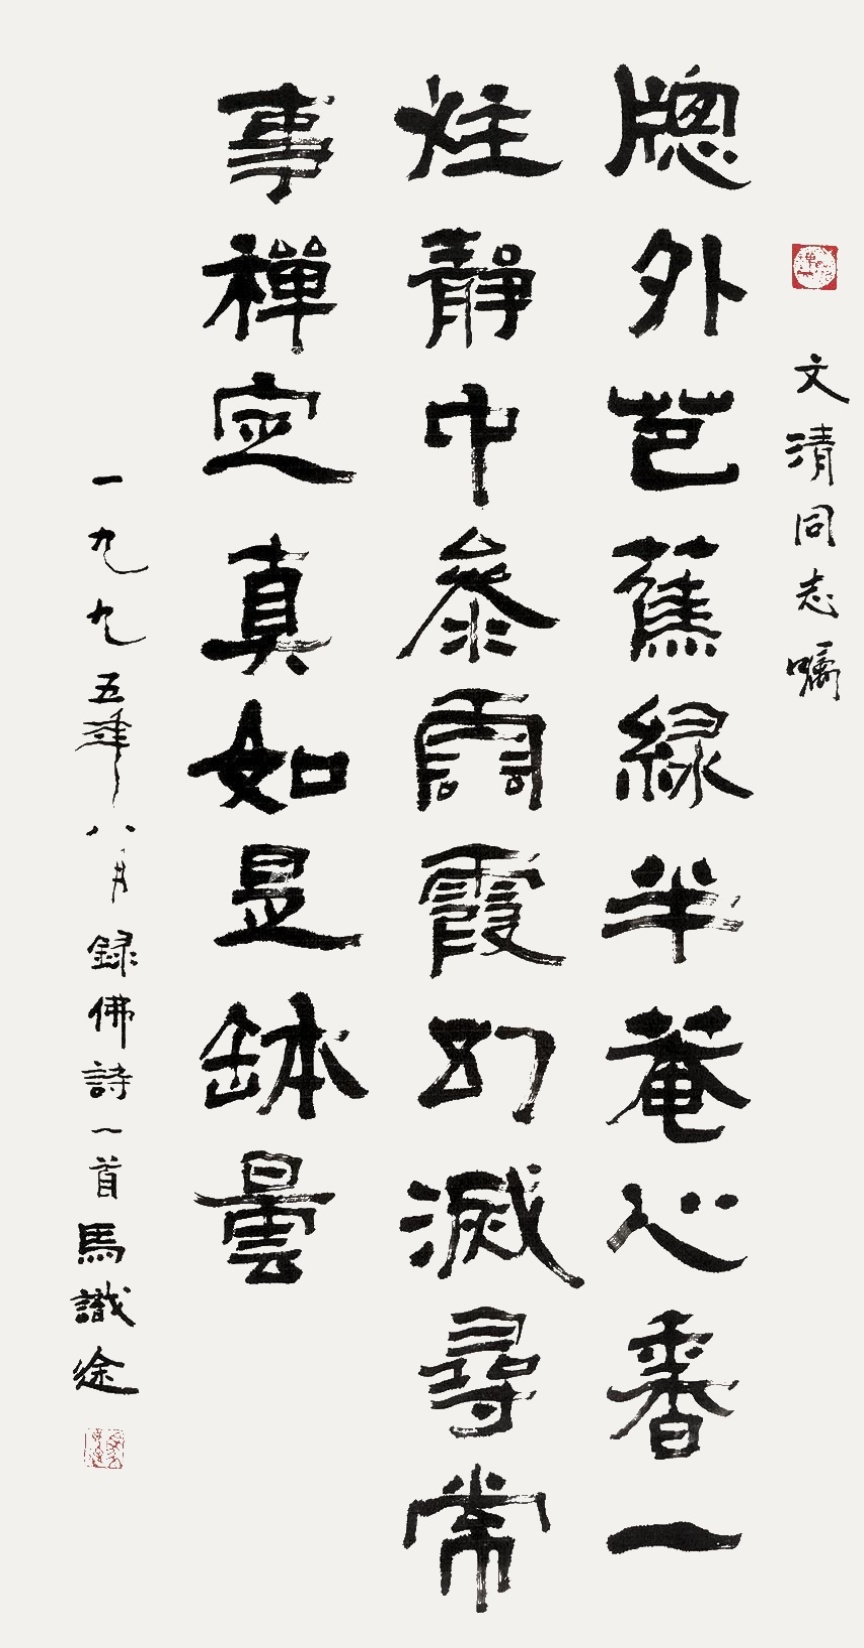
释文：窗外芭蕉绿半庵，心香一炷静中参；云霞幻灭寻常事，禅定莫如是钵昙。文清同志嘱。一九九五年八月录佛诗一首，马识途。